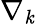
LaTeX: \nabla_{\mathit{k}}